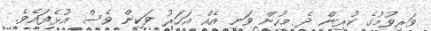
ވަރިވުމުގެ ކުރިން ދެ މީހުން ވަނީ އެއް އަހަރު ވަކިން ވެސް އުޅެފައެވެ.